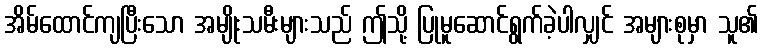
အိမ်ထောင်ကျပြီးသော အမျိုးသမီးများသည် ဤသို့ ပြုမူဆောင်ရွက်ခဲ့ပါလျှင် အများစုမှာ သူ၏